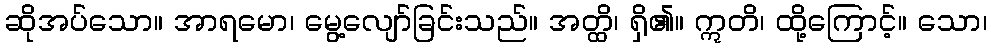
ဆိုအပ်သော။ အာရမော၊ မွေ့လျော်ခြင်းသည်။ အတ္ထိ၊ ရှိ၏။ ဣတိ၊ ထို့ကြောင့်။ သော၊